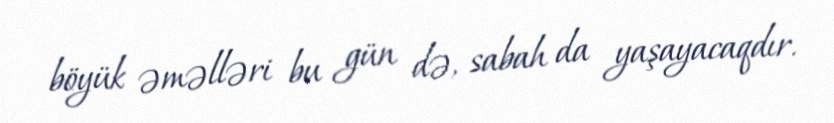
böyük əməlləri bu gün də, sabah da yaşayacaqdır.